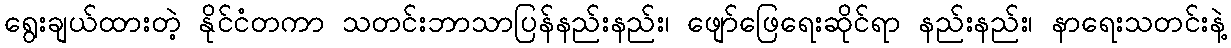
ရွေးချယ်ထားတဲ့ နိုင်ငံတကာ သတင်းဘာသာပြန်နည်းနည်း၊ ဖျော်ဖြေရေးဆိုင်ရာ နည်းနည်း၊ နာရေးသတင်းနဲ့